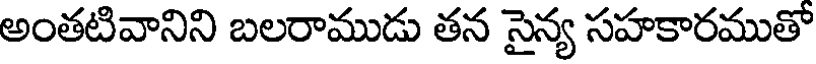
అంతటివానిని బలరాముడు తన సైన్య సహకారముతో